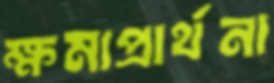
ক্ষমাপ্রার্থনা